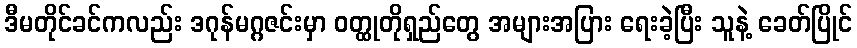
ဒီမတိုင်ခင်ကလည်း ဒဂုန်မဂ္ဂဇင်းမှာ ဝတ္ထုတိုရှည်တွေ အများအပြား ရေးခဲ့ပြီး သူနဲ့ ခေတ်ပြိုင်